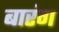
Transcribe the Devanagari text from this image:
बारंग